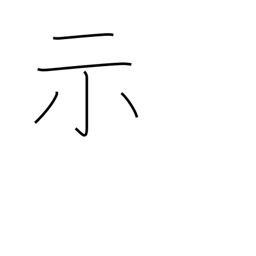
Meaning: express